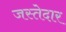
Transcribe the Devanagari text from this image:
जस्तेदार